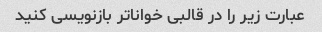
عبارت زیر را در قالبی خواناتر بازنویسی کنید